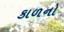
કાળનો